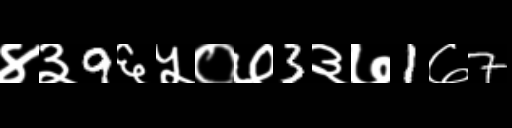
Text: ४३9६५०७3३७1७7